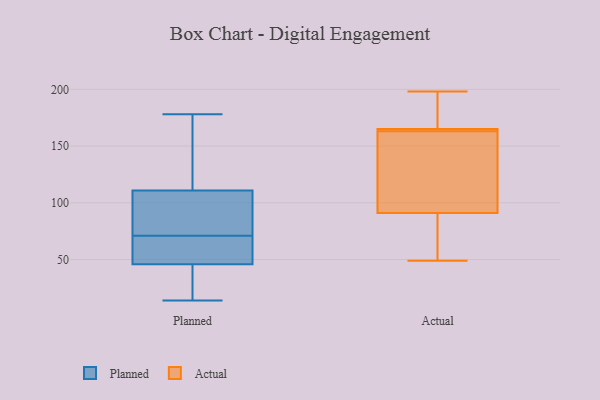
{"axis": {"x": "Page Views", "y": "Value"}, "legend": ["Actual", "Planned"], "data": [{"x": "", "y": 94, "type": "Planned"}, {"x": "", "y": 27, "type": "Planned"}, {"x": "", "y": 112, "type": "Planned"}, {"x": "", "y": 56, "type": "Planned"}, {"x": "", "y": 82, "type": "Planned"}, {"x": "", "y": 44, "type": "Planned"}, {"x": "", "y": 39, "type": "Planned"}, {"x": "", "y": 71, "type": "Planned"}, {"x": "", "y": 130, "type": "Planned"}, {"x": "", "y": 65, "type": "Planned"}, {"x": "", "y": 107, "type": "Planned"}, {"x": "", "y": 14, "type": "Planned"}, {"x": "", "y": 130, "type": "Planned"}, {"x": "", "y": 178, "type": "Planned"}, {"x": "", "y": 51, "type": "Planned"}, {"x": "", "y": 194, "type": "Actual"}, {"x": "", "y": 198, "type": "Actual"}, {"x": "", "y": 165, "type": "Actual"}, {"x": "", "y": 91, "type": "Actual"}, {"x": "", "y": 49, "type": "Actual"}, {"x": "", "y": 165, "type": "Actual"}, {"x": "", "y": 165, "type": "Actual"}, {"x": "", "y": 161, "type": "Actual"}, {"x": "", "y": 49, "type": "Actual"}, {"x": "", "y": 138, "type": "Actual"}]}